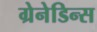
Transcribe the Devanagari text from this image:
ग्रेनेडिन्स